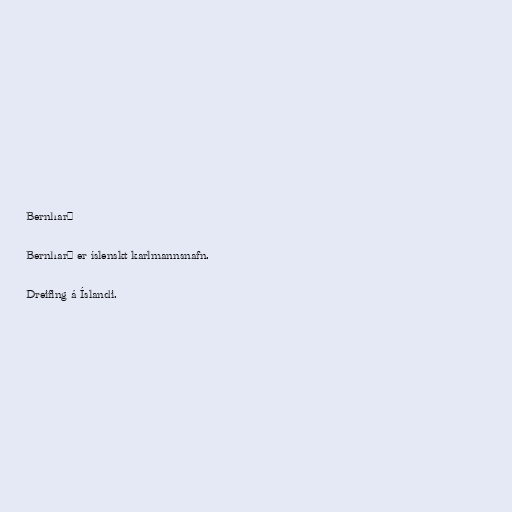
Bernharð

Bernharð er íslenskt karlmannsnafn.

Dreifing á Íslandi.